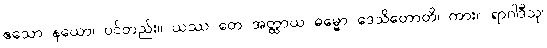
ဧသော နယော၊ ပင်တည်း။ ယဿ တေ အတ္ထာယ ဓမ္မော ဒေသိတောတိ၊ ကား။ ရာဂါဒီသု၊